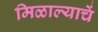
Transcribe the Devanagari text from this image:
मिळाल्याचें